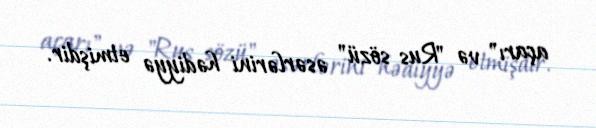
açarı" və "Rus sözü" əsərlərini hədiyyə etmişdir.